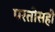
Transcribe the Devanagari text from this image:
परतीसही